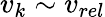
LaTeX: v_{k}\sim v_{rel}